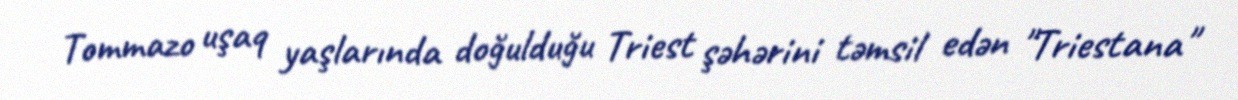
Tommazo uşaq yaşlarında doğulduğu Triest şəhərini təmsil edən "Triestana"